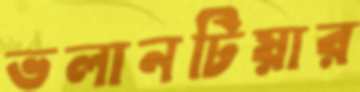
ভলানটিয়ার